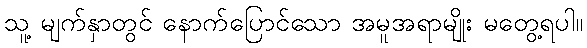
သူ့ မျက်နှာတွင် နောက်ပြောင်သော အမူအရာမျိုး မတွေ့ရပါ။